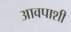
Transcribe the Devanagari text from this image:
आवपाशी